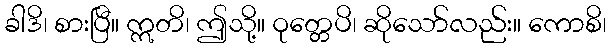
ခါဒိ၊ စားပြီ။ ဣတိ၊ ဤသို့။ ဝုတ္တေပိ၊ ဆိုသော်လည်း။ ကောစိ၊